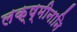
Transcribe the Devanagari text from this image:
लक्ष्मीनानि